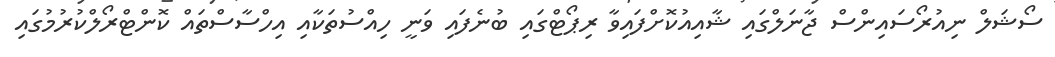
ސޯޝަލް ނިއުރޯސައިންސް ޖާނަލްގައި ޝާއިއުކޮށްފައިވާ ރިޕޯޓްގައި ބުނެފައި ވަނީ ހިއްސުތަކާއި އިހްސާސްތައް ކޮންޓްރޯލްކުރުމުގައި